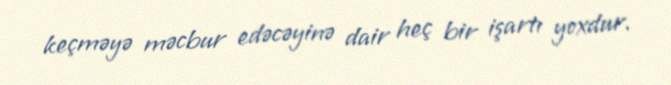
keçməyə məcbur edəcəyinə dair heç bir işartı yoxdur.